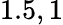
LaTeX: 1.5,1